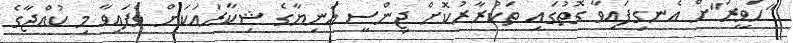
"ހަވީރަ"ށް އެނގިފައިވާ ގޮތުގައި ތަކުރާރުކޮށް ޖިންސީ އަނިޔާގެ ޝިކާރައަކަށް ވެފައިވާ މި ކުއްޖާގެ